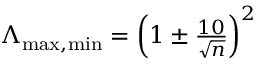
\begin{array} { r } { \Lambda _ { \operatorname* { m a x } , \operatorname* { m i n } } = \left( 1 \pm \frac { 1 0 } { \sqrt { n } } \right) ^ { 2 } } \end{array}